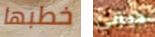
خطبها ديزني